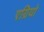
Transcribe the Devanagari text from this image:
एग्रियो